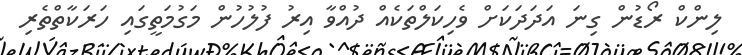
ލިންކް ރޯޑުން ގިނަ އަދަދަކަށް ވެހިކަލްތަކެއް ދުއްވާ އިރު ފުލުހުން މަގުމަތީގައި ހަރަކާތްތެރި